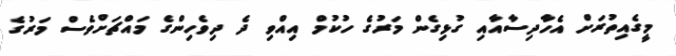
މީގެއިތުރަށް އެހާދިސާއާއި ގުޅިގެން މަރުގެ ހުކުމް އިއްވި ދެ ދިވެހިންގެ މައްޗަށްވެސް މަރުގެ